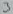
Text: 3